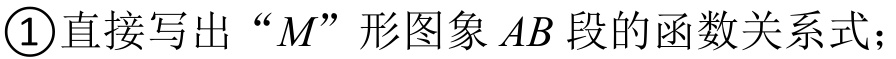
\textcircled{1}直接写出“\(M\)”形图象\(AB\)段的函数关系式；